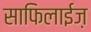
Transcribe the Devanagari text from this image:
साफिलाईज़